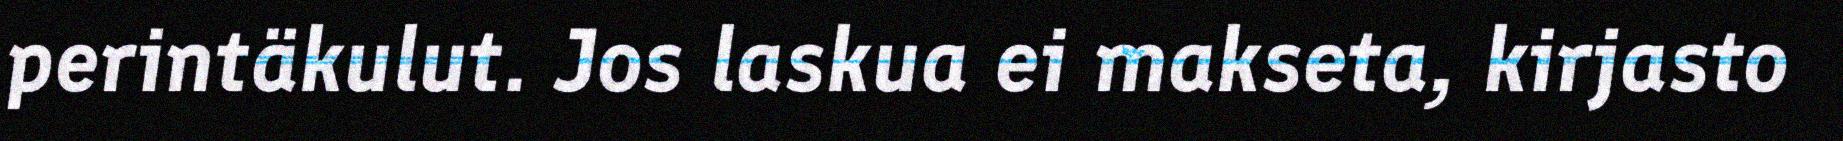
perintäkulut. Jos laskua ei makseta, kirjasto